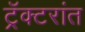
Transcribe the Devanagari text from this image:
ट्रॅक्टरांत